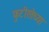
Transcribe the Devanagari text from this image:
फुटीरतेच्या